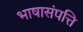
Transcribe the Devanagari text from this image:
भाषासंपत्ति